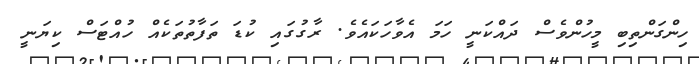
ހިންގަންތިބި މީހުންވެސް ދައްކަނީ ހަމަ އެވާހަކައެވެ. ރާގުގައި ކުޑަ ތަފާތުތަކެއް ހުއްޓަސް ކިޔަނީ